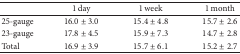
<table><thead><tr><td><b> </b></td><td><b>1 day </b></td><td><b>1 week </b></td><td><b>1 month </b></td></tr></thead><tbody><tr><td>25-gauge</td><td>16.0 ± 3.0</td><td>15.4 ± 4.8</td><td>15.7 ± 2.6</td></tr><tr><td>23-gauge</td><td>17.8 ± 4.5</td><td>15.9 ± 7.3</td><td>14.7 ± 2.8</td></tr><tr><td>Total</td><td>16.9 ± 3.9</td><td>15.7 ± 6.1</td><td>15.2 ± 2.7</td></tr></tbody></table>